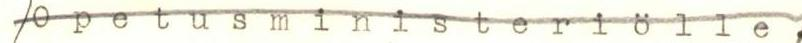
/Opetusministeriölle